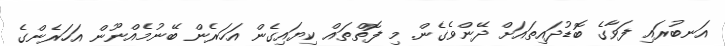
އަނބުރައި ފަވާގެ ބޮޑުދައިތައަށް ދޭންވެގެން. މި ފޮތްތައް ކިޔައިގެން އަހަރެން ބޭނުމެއްނޫން އަހަރެންގެ